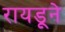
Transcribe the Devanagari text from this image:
रायडूने